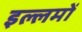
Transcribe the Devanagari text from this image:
इल्लमों